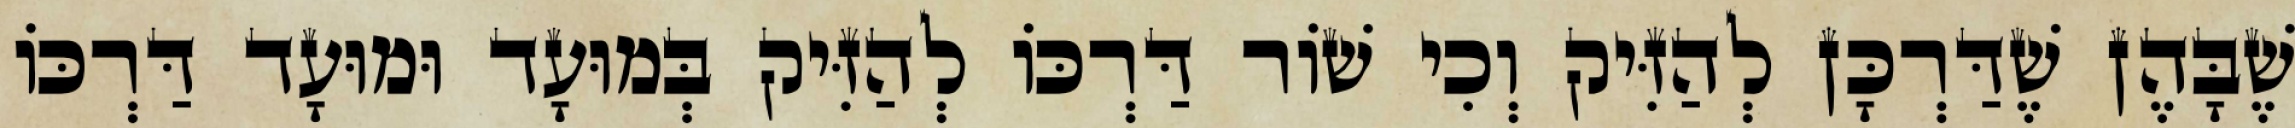
שֶׁבָּהֶן שֶׁדַּרְכָּן לְהַזִּיק וְכִי שׁוֹר דַּרְכּוֹ לְהַזִּיק בְּמוּעָד וּמוּעָד דַּרְכּוֹ